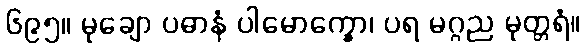
၆၉၅။ မုချော ပဓာနံ ပါမောက္ခော၊ ပရ မဂ္ဂည မုတ္တရံ။